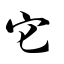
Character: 它